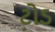
ટોડ